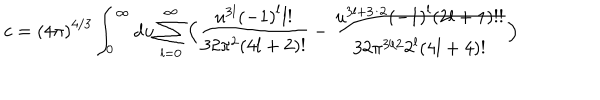
LaTeX: c = { ( 4 \pi ) } ^ { 4 / 3 } \int _ { 0 } ^ { \infty } d u \sum _ { l = 0 } ^ { \infty } \Big ( \frac { u ^ { 3 l } { ( - 1 ) } ^ { l } l ! } { 3 2 \pi ^ { 2 } ( 4 l + 2 ) ! } - \frac { u ^ { 3 l + 3 / 2 } { ( - 1 ) } ^ { l } ( 2 l + 1 ) ! ! } { 3 2 \pi ^ { 3 / 2 } 2 ^ { l } ( 4 l + 4 ) ! } \Big )